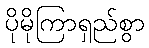
ပိုမိုကြာရှည်စွာ